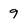
Character: 9